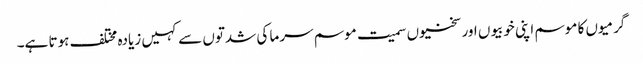
گرمیوں کا موسم اپنی خوبیوں اور سختیوں سمیت موسم سرما کی شدتوں سے کہیں زیادہ مختلف ہوتا ہے۔